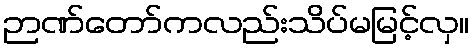
ဉာဏ်တော်ကလည်းသိပ်မမြင့်လှ။